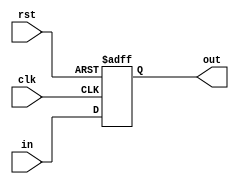
// Verilog 1995 style port declaration
module mem #(parameter	DATA_WIDTH   = 4)
   (input		[DATA_WIDTH-1:0] in, 
	input		clk,
	input		rst,
	output reg	[DATA_WIDTH-1:0] out);

	always @(negedge clk or posedge rst) 
	begin
		if(rst == 1'b1)
     		out <= 1'b0; 
   	else
			out <= in; 
	end

endmodule